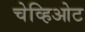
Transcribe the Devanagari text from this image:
चेव्हिओट